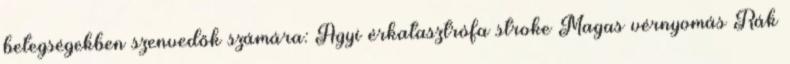
betegségekben szenvedők számára: Agyi érkatasztrófa stroke Magas vérnyomás Rák